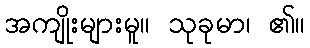
အကျိုးများမူ။ သုခုမာ၊ ၏။